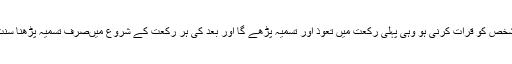
جس شخص کو قرأت کرنی ہو وہی پہلی رکعت میں تعوذ اور تسمیہ پڑھے گا اور بعد کی ہر رکعت کے شروع میںصرف تسمیہ پڑھنا سنت ہے۔